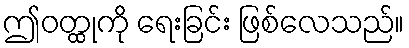
ဤဝတ္ထုကို ရေးခြင်း ဖြစ်လေသည်။